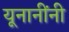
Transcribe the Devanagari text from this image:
यूनानींनी